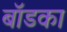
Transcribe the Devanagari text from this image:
बॉडका